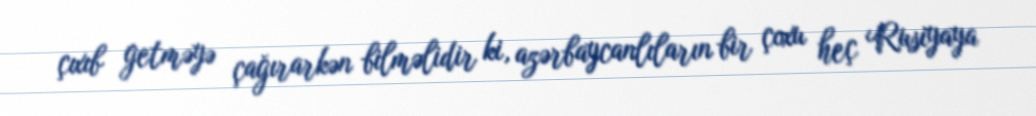
çıxıb getməyə çağırarkən bilməlidir ki, azərbaycanlıların bir çoxu heç Rusiyaya